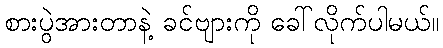
စားပွဲအားတာနဲ့ ခင်ဗျားကို ခေါ်လိုက်ပါမယ်။